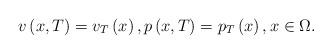
LaTeX: \begin{align*}v\left( x,T\right) =v_{T}\left( x\right) ,p\left( x,T\right)=p_{T}\left( x\right) ,x\in \Omega . \end{align*}